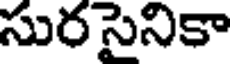
సుర సైనికా